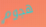
هجوم